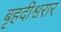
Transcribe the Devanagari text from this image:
बृहदीश्वरार